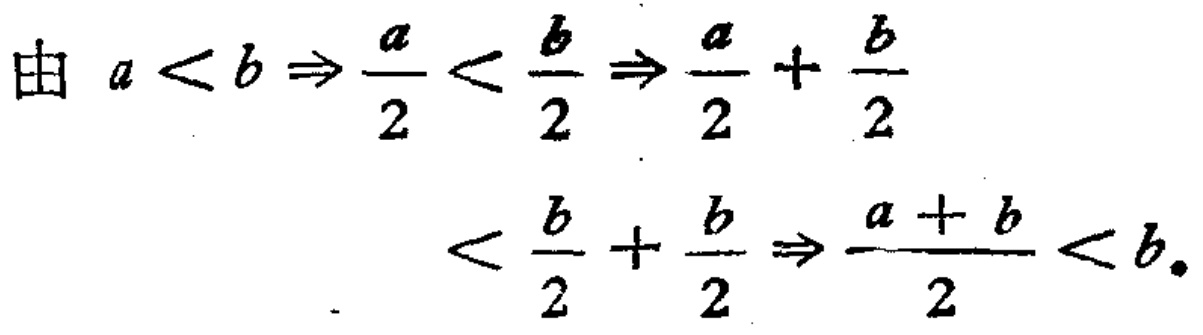
由 \(a < b \Rightarrow \frac{a}{2} < \frac{b}{2} \Rightarrow \frac{a}{2} + \frac{b}{2} < \frac{b}{2} + \frac{b}{2} \Rightarrow \frac{a + b}{2} < b\)。